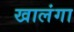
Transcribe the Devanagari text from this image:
खालंगा